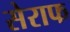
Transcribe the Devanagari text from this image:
सेराफ